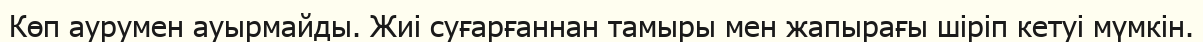
Көп аурумен ауырмайды. Жиі суғарғаннан тамыры мен жапырағы шіріп кетуі мүмкін.